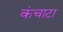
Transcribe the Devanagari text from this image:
कंचाटा